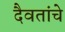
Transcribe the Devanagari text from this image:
दैवतांचे